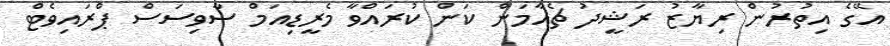
އޭގެ އިތުރުން ރިޔާޒު ރަޝީދު ޗެއާމަން ކަން ކުރައްވާ މެރީޑިއަމް ސާވިސަސް ޕްރައިވެޓް